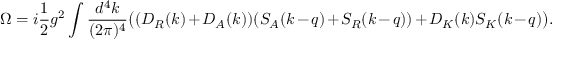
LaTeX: \Omega = i { \frac { 1 } { 2 } } g ^ { 2 } \int { \frac { d ^ { 4 } k } { ( 2 \pi ) ^ { 4 } } } \big ( ( D _ { R } ( k ) + D _ { A } ( k ) ) ( S _ { A } ( k - q ) + S _ { R } ( k - q ) ) + D _ { K } ( k ) S _ { K } ( k - q ) \big ) .